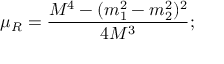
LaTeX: \mu _ { R } = \frac { M ^ { 4 } - ( m _ { 1 } ^ { 2 } - m _ { 2 } ^ { 2 } ) ^ { 2 } } { 4 M ^ { 3 } } ;